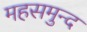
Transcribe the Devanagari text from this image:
महसमुन्द